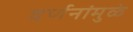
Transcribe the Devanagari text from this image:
वर्णनांमुळे